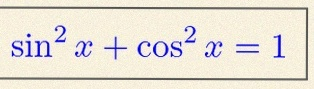
\sin^2x+\cos^2x=1